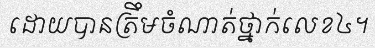
ដោយបានត្រឹមចំណាត់ថ្នាក់លេខ៤។